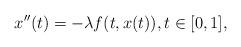
LaTeX: \begin{align*}x''(t)=-\lambda f(t,x(t)), t \in [0,1],\end{align*}